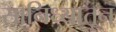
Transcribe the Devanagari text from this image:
सानिध्यातून